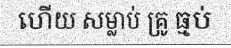
ហើយ សម្លាប់ គ្រូ ធ្មប់